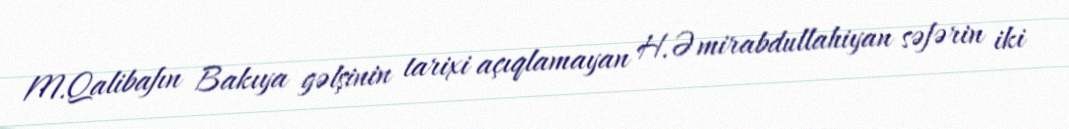
M.Qalibafın Bakıya gəlşinin tarixi açıqlamayan H.Əmirabdullahiyan səfərin iki